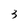
Character: 3